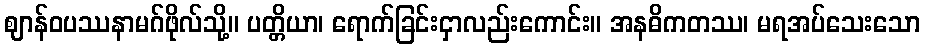
ဈာန်ဝပဿနာမဂ်ဖိုလ်သို့။ ပတ္တိယာ၊ ရောက်ခြင်းငှာလည်းကောင်း။ အနဓိကတဿ၊ မရအပ်သေးသော